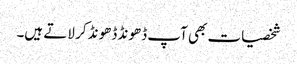
شخصیات بھی آپ ڈھونڈ ڈھونڈ کر لاتے ہیں۔